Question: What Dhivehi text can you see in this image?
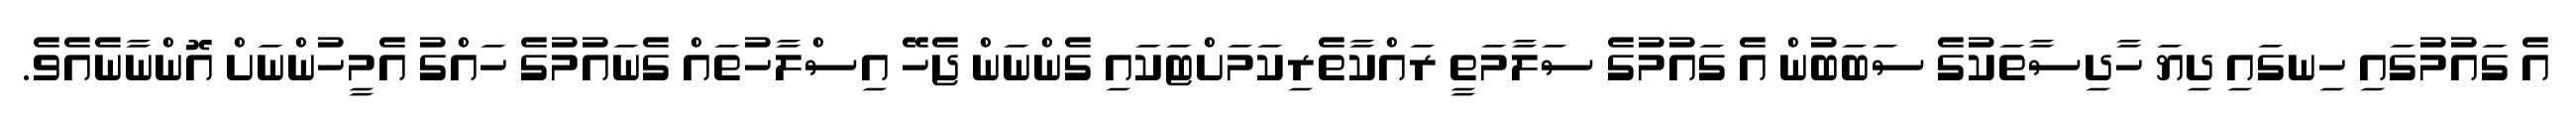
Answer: އެ ގައުމުގައި ހިނގައި ދިޔަ ހާދިސާތަކުގެ ސަބަބުން އެ ގައުމުގެ ސަލާމަތީ ރައްކާތެރިކަމަށްޓަކައި ގެންނަން ޖެހޭ އިސްލާހުތައް ގެނައުމުގެ ހައްގު އެމީހުންނަށް އޮންނާނެއެވެ.